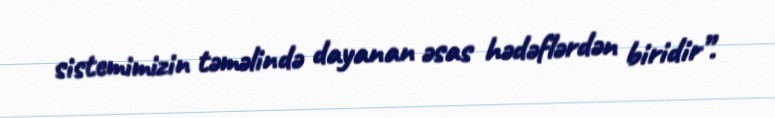
sistemimizin təməlində dayanan əsas hədəflərdən biridir”.